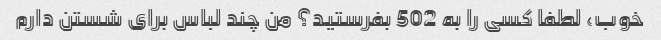
خوب، لطفا کسی را به 502 بفرستید؟ من چند لباس برای شستن دارم